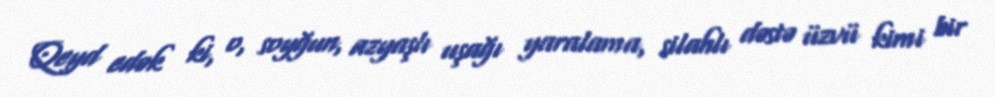
Qeyd edək ki, o, soyğun, azyaşlı uşağı yaralama, silahlı dəstə üzvü kimi bir